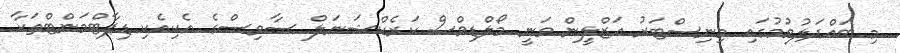
މި ބައްދަލުވުމުގައި މިނިސްޓަރު އަޒްލީން ވަނީ މޯލްޑިވްސް ކަރެކްޝަނަލް ސާވިސްގެ އެކިއެކި ޑިޕާޓްމަންޓްތަކާ